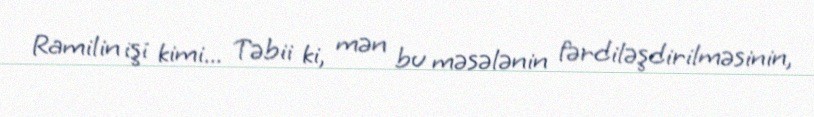
Ramilin işi kimi... Təbii ki, mən bu məsələnin fərdiləşdirilməsinin,